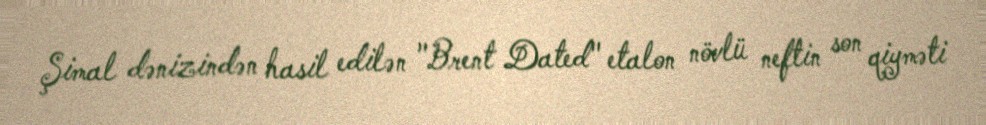
Şimal dənizindən hasil edilən "Brent Dated" etalon növlü neftin son qiyməti